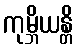
ကုမ္ဘိယန္တိ